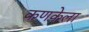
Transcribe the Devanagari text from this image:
कणकेला